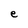
Character: e